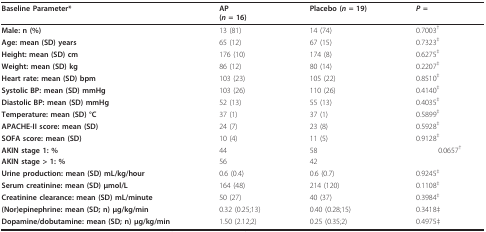
<table><thead><tr><td><b>Baseline Parameter*</b></td><td><b>AP(<i>n </i>= 16)</b></td><td><b>Placebo (<i>n </i>= 19)</b></td><td><b><i>P </i>=</b></td></tr></thead><tbody><tr><td><b>Male: n (%)</b></td><td>13 (81)</td><td>14 (74)</td><td>0.7003<sup>†</sup></td></tr><tr><td><b>Age: mean (SD) years</b></td><td>65 (12)</td><td>67 (15)</td><td>0.7323<sup>‡</sup></td></tr><tr><td><b>Height: mean (SD) cm</b></td><td>176 (10)</td><td>174 (8)</td><td>0.6275<sup>‡</sup></td></tr><tr><td><b>Weight: mean (SD) kg</b></td><td>86 (12)</td><td>80 (14)</td><td>0.2207<sup>‡</sup></td></tr><tr><td><b>Heart rate: mean (SD) bpm</b></td><td>103 (23)</td><td>105 (22)</td><td>0.8510<sup>‡</sup></td></tr><tr><td><b>Systolic BP: mean (SD) mmHg</b></td><td>103 (26)</td><td>110 (26)</td><td>0.4140<sup>‡</sup></td></tr><tr><td><b>Diastolic BP: mean (SD) mmHg</b></td><td>52 (13)</td><td>55 (13)</td><td>0.4035<sup>‡</sup></td></tr><tr><td><b>Temperature: mean (SD) °C</b></td><td>37 (1)</td><td>37 (1)</td><td>0.5899<sup>‡</sup></td></tr><tr><td><b>APACHE-II score: mean (SD)</b></td><td>24 (7)</td><td>23 (8)</td><td>0.5928<sup>‡</sup></td></tr><tr><td><b>SOFA score: mean (SD)</b></td><td>10 (4)</td><td>11 (5)</td><td>0.9128<sup>‡</sup></td></tr><tr><td><b>AKIN stage 1: %</b></td><td>44</td><td>58</td><td>0.0657<sup>†</sup></td></tr><tr><td><b>AKIN stage &gt; 1: %</b></td><td>56</td><td>42</td><td></td></tr><tr><td><b>Urine production: mean (SD) mL/kg/hour</b></td><td>0.6 (0.4)</td><td>0.6 (0.7)</td><td>0.9245<sup>‡</sup></td></tr><tr><td><b>Serum creatinine: mean (SD) μmol/L</b></td><td>164 (48)</td><td>214 (120)</td><td>0.1108<sup>‡</sup></td></tr><tr><td><b>Creatinine clearance: mean (SD) mL/minute</b></td><td>50 (27)</td><td>40 (37)</td><td>0.3984<sup>‡</sup></td></tr><tr><td><b>(Nor)epinephrine: mean (SD; n) μg/kg/min</b></td><td>0.32 (0.25;13)</td><td>0.40 (0.28;15)</td><td>0.3418‡</td></tr><tr><td><b>Dopamine/dobutamine: mean (SD; n) μg/kg/min</b></td><td>1.50 (2.12;2)</td><td>0.25 (0.35;2)</td><td>0.4975‡</td></tr></tbody></table>